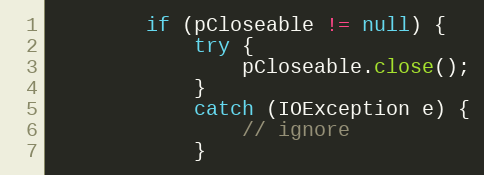
Language: Java
        if (pCloseable != null) {
            try {
                pCloseable.close();
            }
            catch (IOException e) {
                // ignore
            }